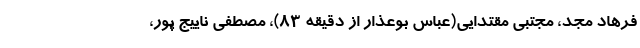
فرهاد مجد، مجتبی مقتدایی(عباس بوعذار از دقیقه ۸۳)، مصطفی ناییج پور،